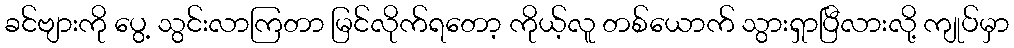
ခင်ဗျားကို ပွေ့ သွင်းလာကြတာ မြင်လိုက်ရတော့ ကိုယ့်လူ တစ်ယောက် သွားရှာပြီလားလို့ ကျုပ်မှာ